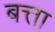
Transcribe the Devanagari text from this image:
बत्ता